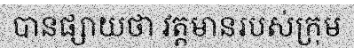
បានផ្សាយថា វត្តមានរបស់ក្រុម